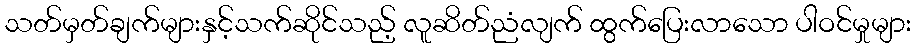
သတ်မှတ်ချက်များနှင့်သက်ဆိုင်သည့် လူဆိတ်ညံလျက် ထွက်ပြေးလာသော ပါဝင်မှုများ